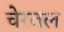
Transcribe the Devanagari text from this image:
चेरतल